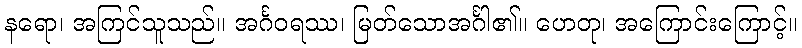
နရော၊ အကြင်သူသည်။ အင်္ဂဝရဿ၊ မြတ်သောအင်္ဂါ၏။ ဟေတု၊ အကြောင်းကြောင့်။